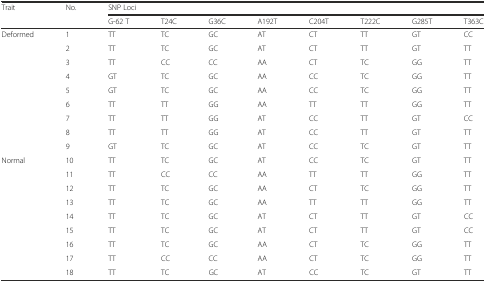
<table><thead><tr><td rowspan="2"><b>Trait</b></td><td rowspan="2"><b>No.</b></td><td colspan="8"><b>SNP Loci</b></td></tr><tr><td><b>G-62 T</b></td><td><b>T24C</b></td><td><b>G36C</b></td><td><b>A192T</b></td><td><b>C204T</b></td><td><b>T222C</b></td><td><b>G285T</b></td><td><b>T363C</b></td></tr></thead><tbody><tr><td rowspan="9">Deformed</td><td>1</td><td>TT</td><td>TC</td><td>GC</td><td>AT</td><td>CT</td><td>TT</td><td>GT</td><td>CC</td></tr><tr><td>2</td><td>TT</td><td>TC</td><td>GC</td><td>AT</td><td>CT</td><td>TT</td><td>GT</td><td>TT</td></tr><tr><td>3</td><td>TT</td><td>CC</td><td>CC</td><td>AA</td><td>CT</td><td>TC</td><td>GG</td><td>TT</td></tr><tr><td>4</td><td>GT</td><td>TC</td><td>GC</td><td>AA</td><td>CC</td><td>TC</td><td>GG</td><td>TT</td></tr><tr><td>5</td><td>GT</td><td>TC</td><td>GC</td><td>AA</td><td>CC</td><td>TC</td><td>GG</td><td>TT</td></tr><tr><td>6</td><td>TT</td><td>TT</td><td>GG</td><td>AA</td><td>TT</td><td>TT</td><td>GG</td><td>TT</td></tr><tr><td>7</td><td>TT</td><td>TT</td><td>GG</td><td>AT</td><td>CC</td><td>TT</td><td>GT</td><td>CC</td></tr><tr><td>8</td><td>TT</td><td>TT</td><td>GG</td><td>AT</td><td>CC</td><td>TT</td><td>GT</td><td>TT</td></tr><tr><td>9</td><td>GT</td><td>TC</td><td>GC</td><td>AT</td><td>CC</td><td>TC</td><td>GT</td><td>TT</td></tr><tr><td rowspan="9">Normal</td><td>10</td><td>TT</td><td>TC</td><td>GC</td><td>AT</td><td>CC</td><td>TC</td><td>GT</td><td>TT</td></tr><tr><td>11</td><td>TT</td><td>CC</td><td>CC</td><td>AA</td><td>TT</td><td>TT</td><td>GG</td><td>TT</td></tr><tr><td>12</td><td>TT</td><td>TC</td><td>GC</td><td>AA</td><td>CT</td><td>TC</td><td>GG</td><td>TT</td></tr><tr><td>13</td><td>TT</td><td>TC</td><td>GC</td><td>AA</td><td>TT</td><td>TT</td><td>GG</td><td>TT</td></tr><tr><td>14</td><td>TT</td><td>TC</td><td>GC</td><td>AT</td><td>CT</td><td>TT</td><td>GT</td><td>CC</td></tr><tr><td>15</td><td>TT</td><td>TC</td><td>GC</td><td>AT</td><td>CT</td><td>TT</td><td>GT</td><td>CC</td></tr><tr><td>16</td><td>TT</td><td>TC</td><td>GC</td><td>AA</td><td>CT</td><td>TC</td><td>GG</td><td>TT</td></tr><tr><td>17</td><td>TT</td><td>CC</td><td>CC</td><td>AA</td><td>CT</td><td>TC</td><td>GG</td><td>TT</td></tr><tr><td>18</td><td>TT</td><td>TC</td><td>GC</td><td>AT</td><td>CC</td><td>TC</td><td>GT</td><td>TT</td></tr></tbody></table>